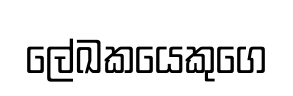
ලේඛකයෙකුගෙ